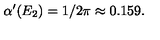
\alpha ^ { \prime } ( E _ { 2 } ) = 1 / 2 \pi \approx 0 . 1 5 9 .